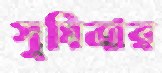
সুমিত্রার